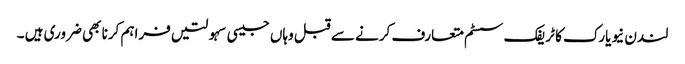
لندن نیویارک کا ٹریفک سسٹم متعارف کرنے سے قبل وہاں جیسی سہولتیں فراہم کرنا بھی ضروری ہیں ۔